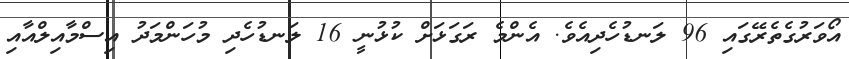
އޯވަރުގެތެރޭގައި 96 ލަނޑުހެދިއެވެ. އެންމެ ރަގަޅަށް ކުޅުނީ 16 ލަނޑުހެދި މުހަންމަދު އިސްމާއިލްއާއި